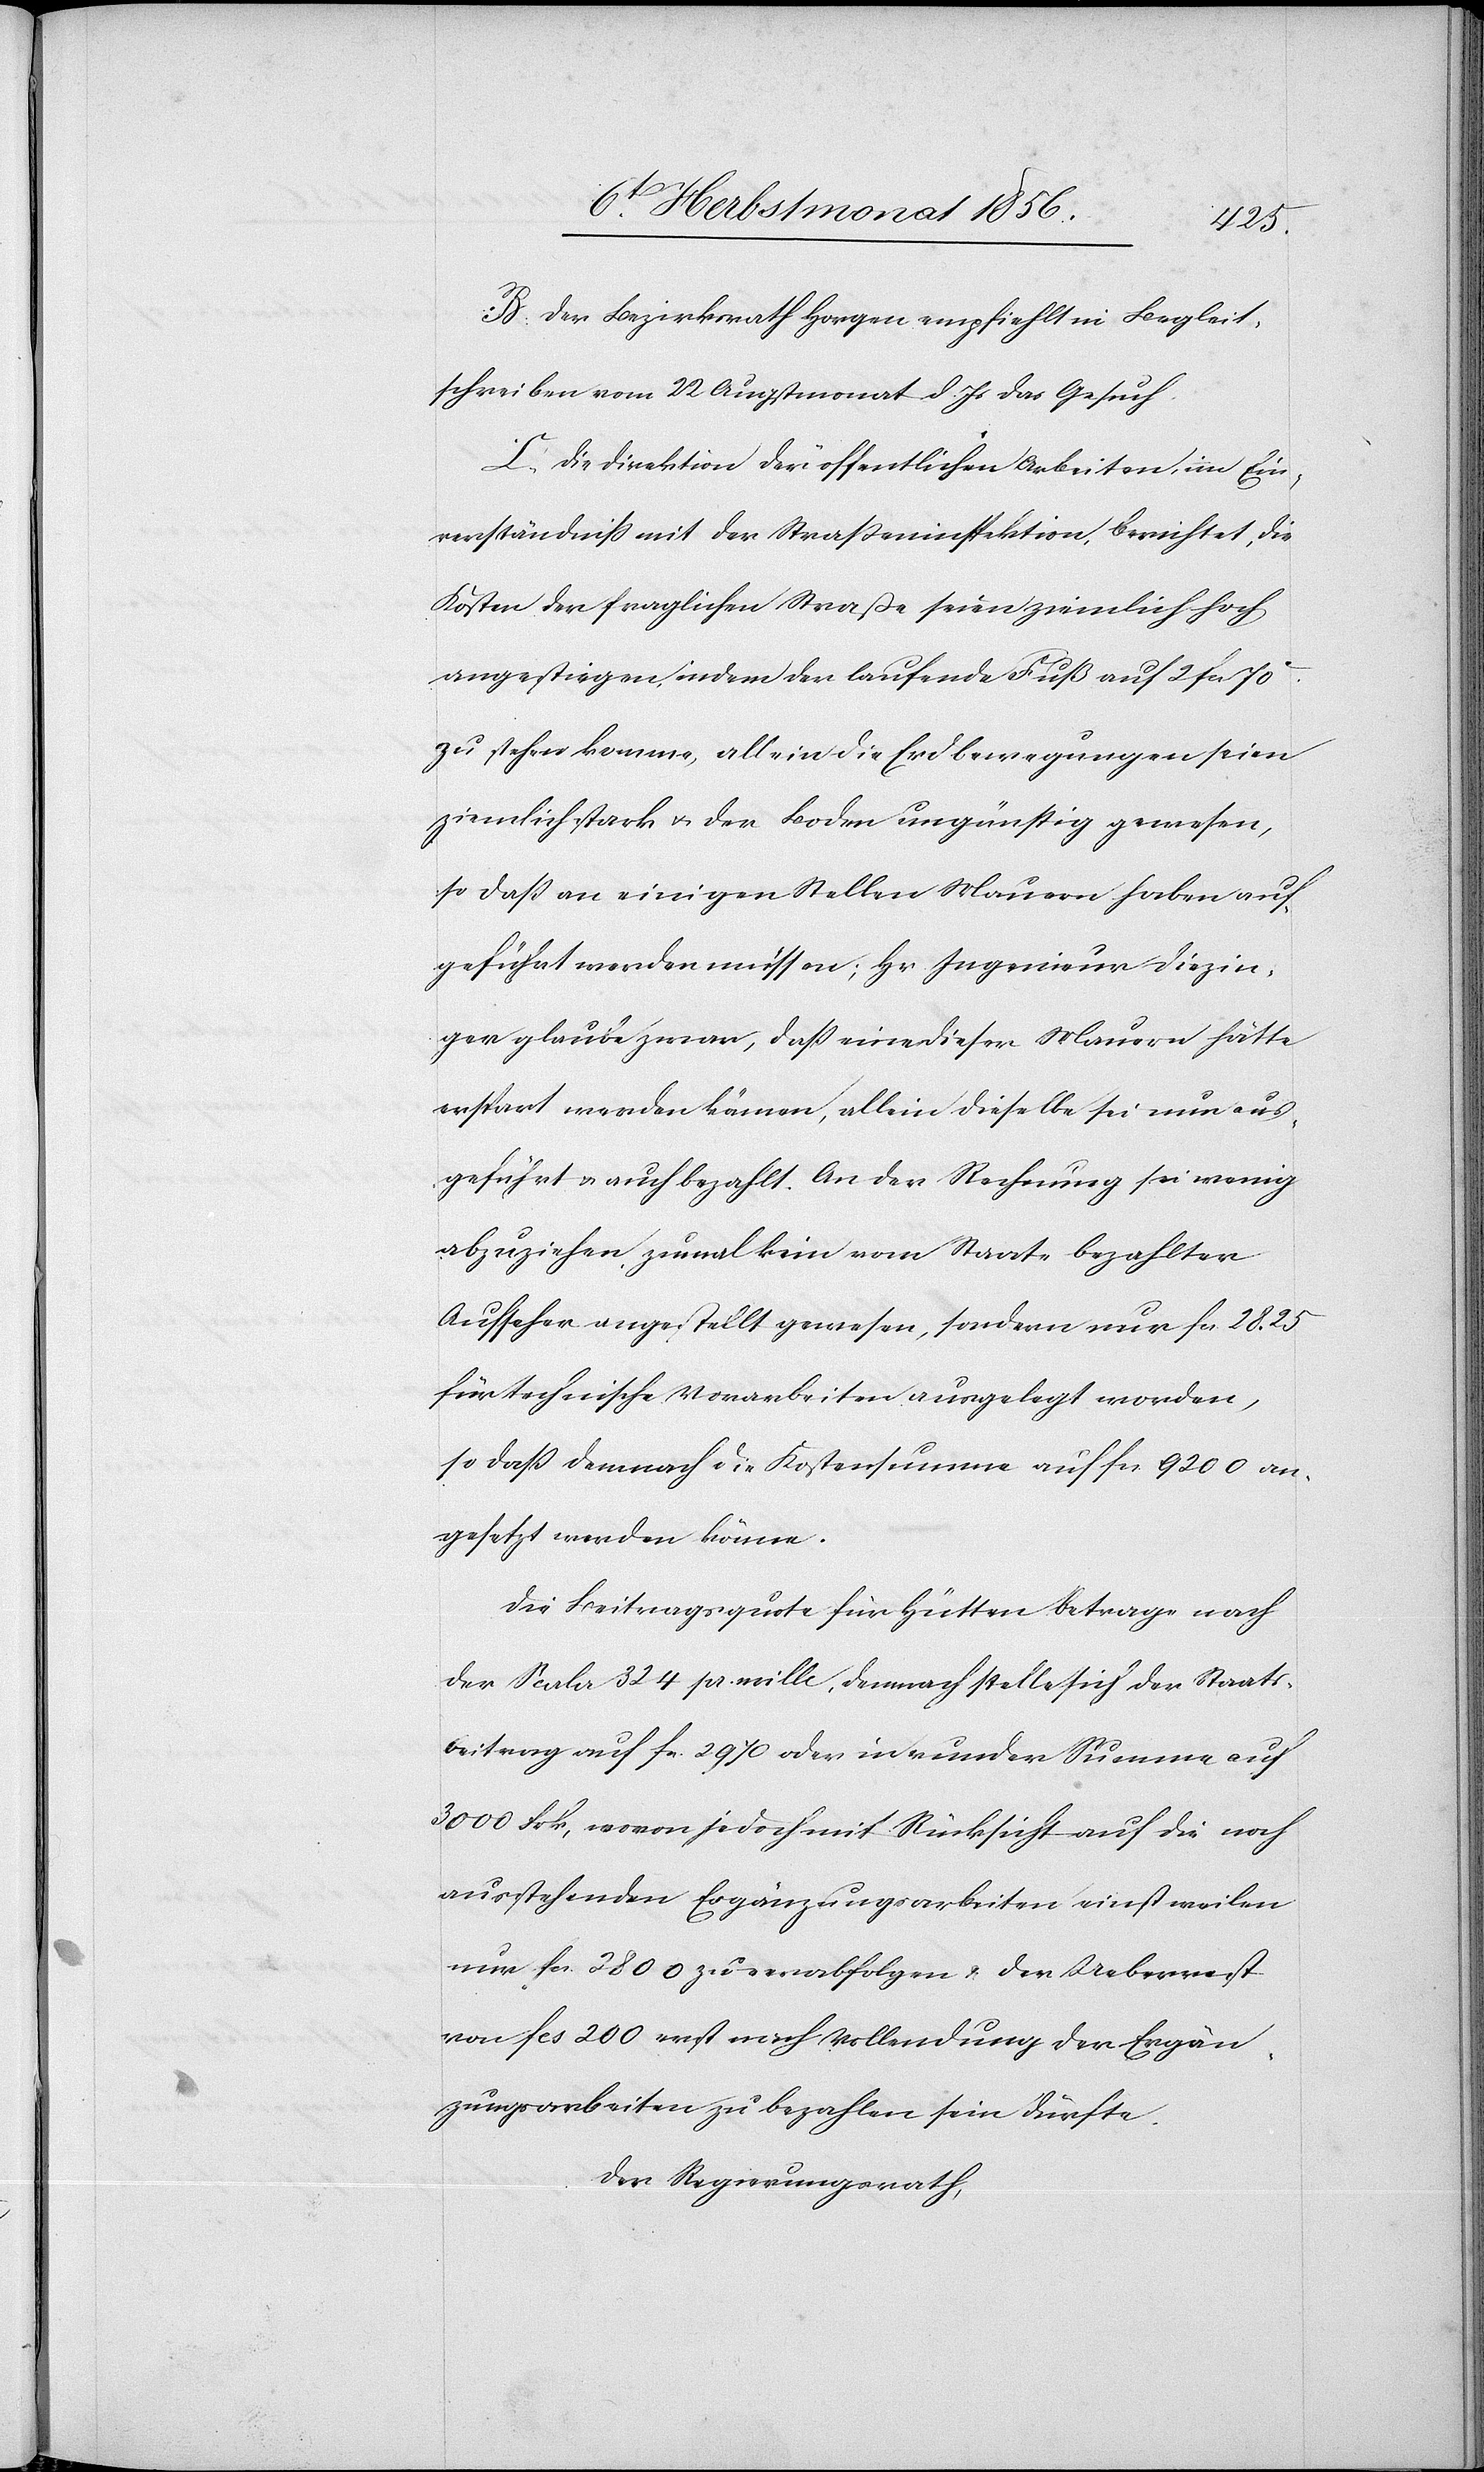
B. Der Bezirksrath Horgen empfiehlt in Begleit¬
schreiben vom 22 Augstmonat d. Js das Gesuch.
C. Die Direktion der öffentlichen Arbeiten, im Ein¬
verständniss mit der Strasseninspektion, berichtet, die
Kosten der fraglichen Straße seien ziemlich hoch
angestiegen, indem der laufende Fuß auf 2 fcs 70c
zu stehen komme, allein die Erdbewegungen seien
ziemlich stark u. der Boden ungünstig gewesen,
so dass an einigen Stellen Mauern haben auf¬
geführt werden müssen; Hr. Ingenieur Diezin¬
ger glaube zwar, dass eine dieser Mauern hätte
erspart werden können, allein dieselbe sei nun aus¬
geführt u. auch bezahlt. An der Rechnung sei wenig
abzuziehen, zumal kein vom Staate bezahlter
Aufseher angestellt gewesen, sondern nur fcs. 28. 25
für technische Vorarbeiten ausgelegt worden,
so dass demnach die Kostensumme auf fcs. 9200 an¬
gesetzt werden könne.
Die Beitragsquote für Hütten betrage nach
der Scala 324 pr. mille, demnach stelle sich der Staats¬
beitrag auf fcs. 2970 oder in runder Summe auf
3000 Frk, wovon jedoch mit Rücksicht auf die noch
ausstehenden Ergänzungsarbeiten einstweilen
nur fcs. 2800 zu verabfolgen & der Ueberrest
von fcs 200 erst nach Vollendung der Ergän¬
zungsarbeiten zu bezahlen sein dürfte.
Der Regierungsrath,